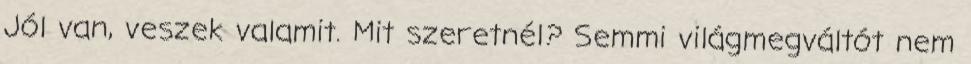
Jól van, veszek valamit. Mit szeretnél? Semmi világmegváltót nem